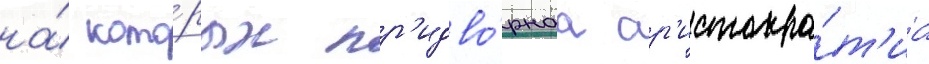
на́ кото́рых пр'идво́рнаа ар'истокра́т'иа